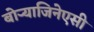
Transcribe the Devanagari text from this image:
बोऱ्याजिनेएसी